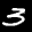
Label: 3